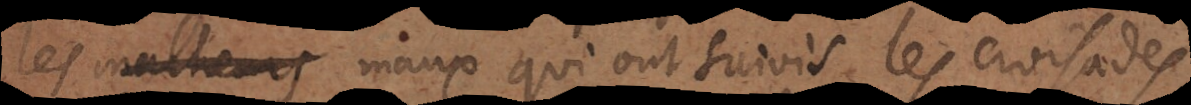
les malheurs maux qui ont suivis les croisades